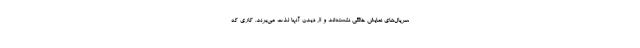
سریال‌های نمایش خانگی نشسته‌اند و از دیدن آنها لذت می‌برند. کاری که